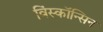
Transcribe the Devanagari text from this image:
विंस्कॉन्सिन